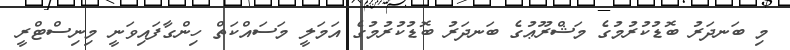
މި ބަނދަރު ބޮޑުކުރުމުގެ މަޝްރޫޢުގެ ބަނދަރު ބޮޑުކުރުމުގެ އަމަލީ މަސައްކަތް ހިންގާފައިވަނީ މިނިސްޓްރީ